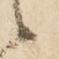
候